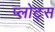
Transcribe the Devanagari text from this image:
प्लोट्स